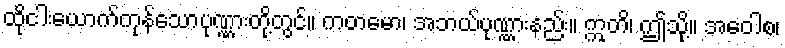
ထိုငါးယောက်ကုန်သောပုဏ္ဏားတို့တွင်။ ကတမော၊ အဘယ်ပုဏ္ဏားနည်း။ ဣတိ၊ ဤသို့။ အဝေါစ၊